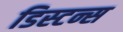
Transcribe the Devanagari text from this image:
डिस्‍टन्स